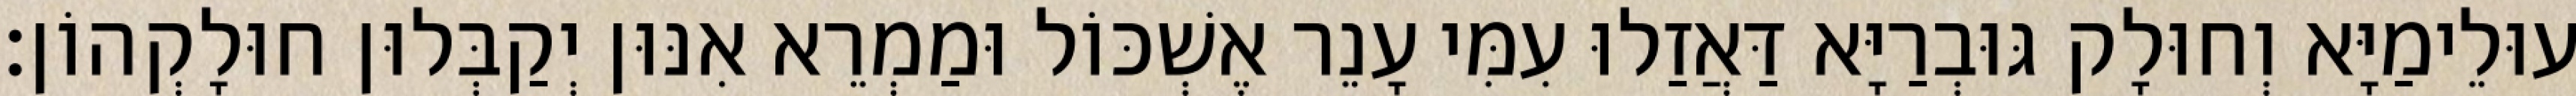
עוּלֵימַיָּא וְחוּלָק גּוּבְרַיָּא דַּאֲזַלוּ עִמִּי עָנֵר אֶשְׁכּוֹל וּמַמְרֵא אִנּוּן יְקַבְּלוּן חוּלָקְהוֹן׃